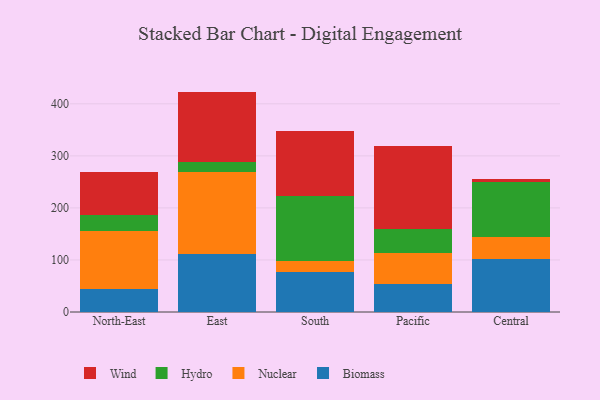
{"axis": {"x": "Region", "y": "Bounce Rate (%)"}, "legend": ["Biomass", "Hydro", "Nuclear", "Wind"], "data": [{"x": "North-East", "y": 44.7, "type": "Biomass"}, {"x": "North-East", "y": 111.6, "type": "Nuclear"}, {"x": "North-East", "y": 30.2, "type": "Hydro"}, {"x": "North-East", "y": 81.6, "type": "Wind"}, {"x": "East", "y": 111.0, "type": "Biomass"}, {"x": "East", "y": 157.3, "type": "Nuclear"}, {"x": "East", "y": 19.2, "type": "Hydro"}, {"x": "East", "y": 136.0, "type": "Wind"}, {"x": "South", "y": 77.5, "type": "Biomass"}, {"x": "South", "y": 20.7, "type": "Nuclear"}, {"x": "South", "y": 124.8, "type": "Hydro"}, {"x": "South", "y": 123.9, "type": "Wind"}, {"x": "Pacific", "y": 54.4, "type": "Biomass"}, {"x": "Pacific", "y": 58.4, "type": "Nuclear"}, {"x": "Pacific", "y": 46.5, "type": "Hydro"}, {"x": "Pacific", "y": 159.3, "type": "Wind"}, {"x": "Central", "y": 102.0, "type": "Biomass"}, {"x": "Central", "y": 42.9, "type": "Nuclear"}, {"x": "Central", "y": 105.2, "type": "Hydro"}, {"x": "Central", "y": 6.4, "type": "Wind"}]}